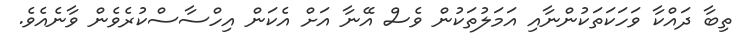
ތިބާ ދައްކާ ވަހަކަތަކުންނާއި އަމަލުތަކުން ވެސް އޭނާ އަށް އެކަން އިހްސާސްކުރެވެން ވާނެއެވެ.